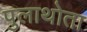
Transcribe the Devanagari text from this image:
पुलाथोता